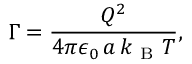
\Gamma = \frac { Q ^ { 2 } } { 4 \pi \epsilon _ { 0 } \, a \, k _ { \mathrm { ~ B ~ } } T } ,